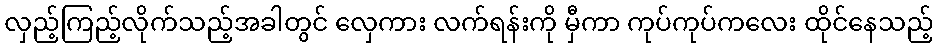
လှည့်ကြည့်လိုက်သည့်အခါတွင် လှေကား လက်ရန်းကို မှီကာ ကုပ်ကုပ်ကလေး ထိုင်နေသည့်